Vaccination in Burma 1920-1933 - 1920-1933
Year: 1920
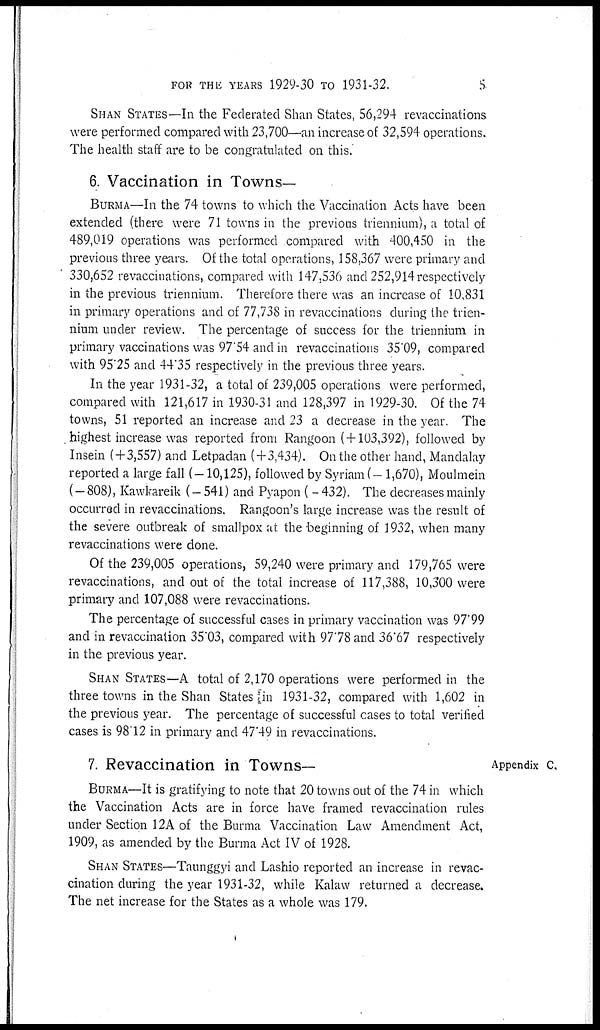
FOR THE YEARS1929-30 TO 1931-32.
5
SHAN STATES—In the Federated Shan States, 56,294 revaccinations
were performed compared with 23,700—an increase of 32,594 operations.
The health staff are to be congratulated on this.
6. Vaccination in Towns—
BURMA—In the 74 towns to which the Vaccination Acts have been
extended (there were 71 towns in the previous triennium), a total of
489,019 operations was performed compared with 400,450 in the
previous three years. Of the total operations, 158,367 were primary and
330,652 revaccinations, compared with 147,536 and 252,914respectively
in the previous triennium. Therefore there was an increase of 10,831
in primary operations and of 77,738 in revaccinations during the trien-
nium under review. The percentage of success for the triennium in
primary vaccinations was 97.54 and in revaccinations 35.09, compared
with 95.25 and 44.35 respectively in the previous three years.
In the year 1931-32, a total of 239,005 operations were performed,
compared with 121,617 in 1930-31 and 128,397 in 1929-30. Of the 74
towns, 51 reported an increase and 23 a decrease in the year. The
highest increase was reported from Rangoon (+103,392), followed by
Insein ( + 3,557) and Letpadan (+3,434). On the other hand, Mandalay
reported a large fall (—10,125), followed by Syriam (—1,670), Moulmein
( — 808), Kawkareik (—541) and Pyapon ( —432). The decreases mainly
occurred in revaccinations. Rangoon's large increase was the result of
the severe outbreak of smallpox at the beginning of 1932, when many
revaccinations were done.
Of the 239,005 operations, 59,240 were primary and 179,765 were
revaccinations, and out of the total increase of 117,388, 10,300 were
primary and 107,088 were revaccinations.
The percentage of successful cases in primary vaccination was 97.99
and in revaccination 35.03, compared with 97.78 and 36.67 respectively
in the previous year.
SHAN STATES—A total of 2,170 operations were performed in the
three towns in the Shan States in 1931-32, compared with 1,602 in
the previous year. The percentage of successful cases to total verified
cases is 98.12 in primary and 47.49 in revaccinations.
Appendix C.
7. Revaccination in Towns—
BURMA—It is gratifying to note that 20 towns out of the 74 in which
the Vaccination Acts are in force have framed revaccination rules
under Section 12A of the Burma Vaccination Law Amendment Act,
1909, as amended by the Burma Act IV of 1928.
SHAN STATES—Taunggyi and Lashio reported an increase in revac-
cination during the year 1931-32, while Kalaw returned a decrease.
The net increase for the States as a whole was 179.